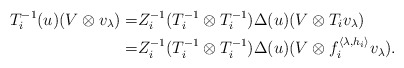
\begin{align*}T_i^{-1}(u)(V\otimes v_\lambda)=&Z_i^{-1}(T_i^{-1}\otimes T_i^{-1})\Delta(u)(V\otimes T_iv_\lambda)\\=&Z_i^{-1}(T_i^{-1}\otimes T_i^{-1})\Delta(u)(V\otimes f_i^{\langle\lambda,h_i\rangle}v_\lambda).\end{align*}